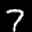
Label: 7